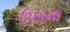
ઉધામા